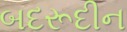
બદરૂદીન